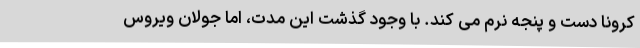
کرونا دست و پنجه نرم می کند. با وجود گذشت این مدت، اما جولان ویروس